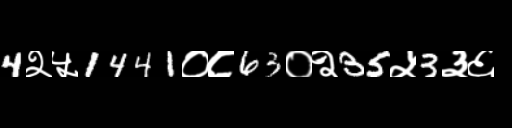
Text: 4२५1441०८63०२35५3३६